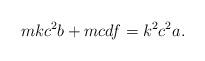
LaTeX: \begin{align*} mkc^2b+mcdf=k^2c^2a. \end{align*}